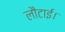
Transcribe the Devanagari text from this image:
लौटाई।